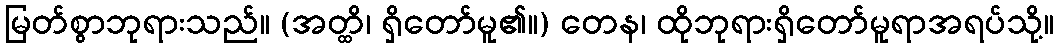
မြတ်စွာဘုရားသည်။ (အတ္ထိ၊ ရှိတော်မူ၏။) တေန၊ ထိုဘုရားရှိတော်မူရာအရပ်သို့။